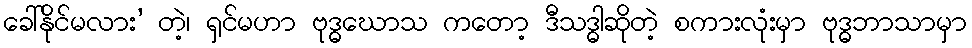
ခေါ်နိုင်မလား’ တဲ့၊ ရှင်မဟာ ဗုဒ္ဓဃောသ ကတော့ ဒီသဒ္ဓါဆိုတဲ့ စကားလုံးမှာ ဗုဒ္ဓဘာသာမှာ